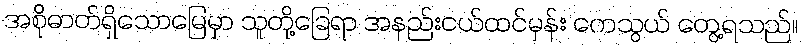
အစိုဓာတ်ရှိသောမြေမှာ သူတို့ခြေရာ အနည်းငယ်ထင်မှန်း ကေသွယ် တွေ့ရသည်။